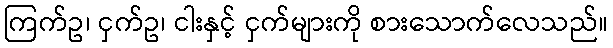
ကြက်ဥ၊ ငှက်ဥ၊ ငါးနှင့် ငှက်များကို စားသောက်လေသည်။